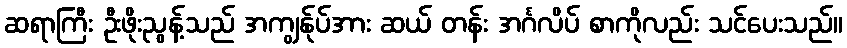
ဆရာကြီး ဦးဖိုးညွန့်သည် အကျွန်ုပ်အား ဆယ် တန်း အင်္ဂလိပ် စာကိုလည်း သင်ပေးသည်။